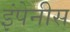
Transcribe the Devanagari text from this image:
इंपेनीस